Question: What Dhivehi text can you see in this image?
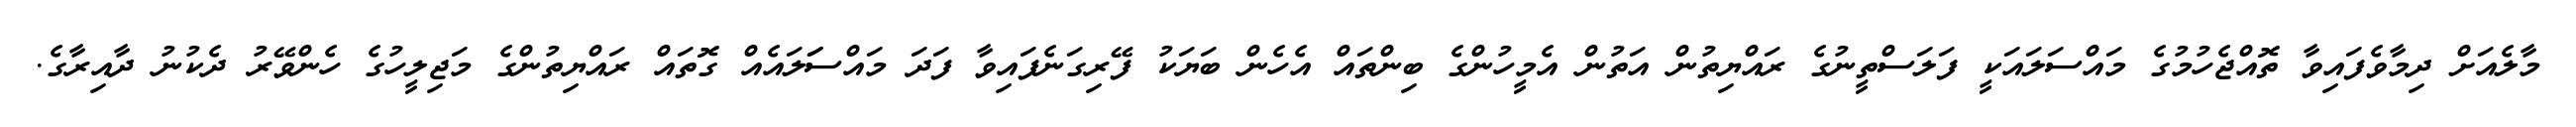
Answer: މާލެއަށް ދިމާވެފައިވާ ތޮއްޖެހުމުގެ މައްސަލައަކީ ފަލަސްތީނުގެ ރައްޔިތުން އަތުން އެމީހުންގެ ބިންތައް އެހެން ބަޔަކު ފޭރިގަނެފައިވާ ފަދަ މައްސަަލައެއް ގޮތައް ރައްޔިތުންގެ މަޖިލީހުގެ ހެންވޭރު ދެކުނު ދާއިރާގެ.